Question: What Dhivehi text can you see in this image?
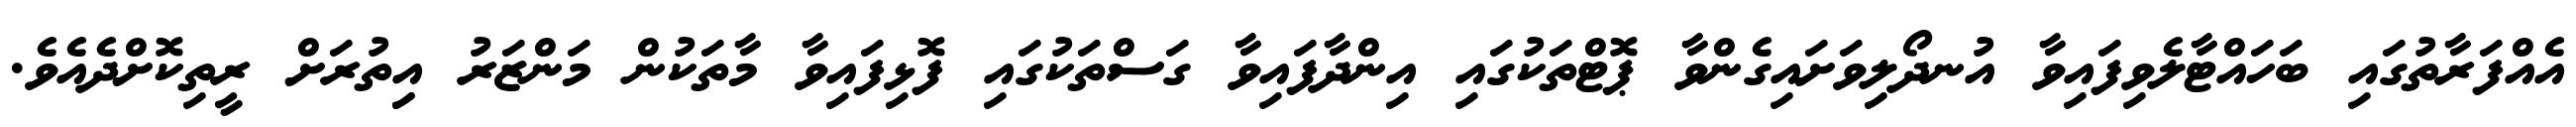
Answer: އެއްފަރާތުގައި ބަހައްޓާލެވިފައިވާ އުނދޯލިވަށައިގެންވާ ޕޮޓްތަކުގައި އިންދާފައިވާ ގަސްތަކުގައި ފޮޅިފައިވާ މާތަކުން މަންޒަރު އިިތުރަށް ރީތިކޮށްދެއެވެ.